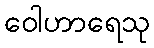
ဝေါဟာရေသု